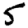
Digit: 5